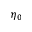
\eta _ { 0 }